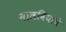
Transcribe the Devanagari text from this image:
मालवियांचे